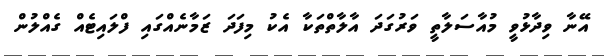
އޭނާ ވިދާޅުވީ މުއާސަލާތީ ވަރުގަދަ އާލާތްތަކާ އެކު މިފަދަ ޒަމާނެއްގައި ފްލައިޓެއް ގެއްލުން